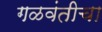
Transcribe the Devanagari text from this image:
गळवंतीचा